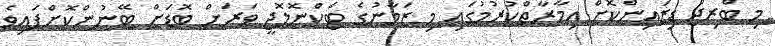
މި ބްރިޖް ޑިޒައިންކޮށް އިމާރާތްކުރުމުގައި މި ޒަމާނުގެ ޓެކްނޮލޮޖީ ވަރަށް ބޮޑަށް ބޭނުންކޮށްފައިވެ